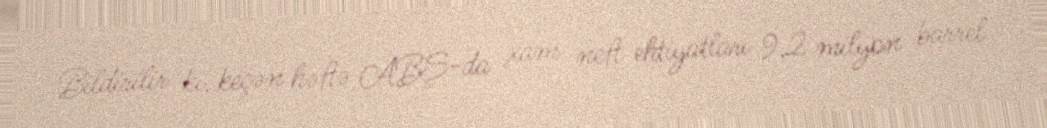
Bildirilir ki, keçən həftə ABŞ-da xam neft ehtiyatları 9,2 milyon barrel